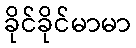
ခိုင်ခိုင်မာမာ